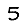
Digit: 5